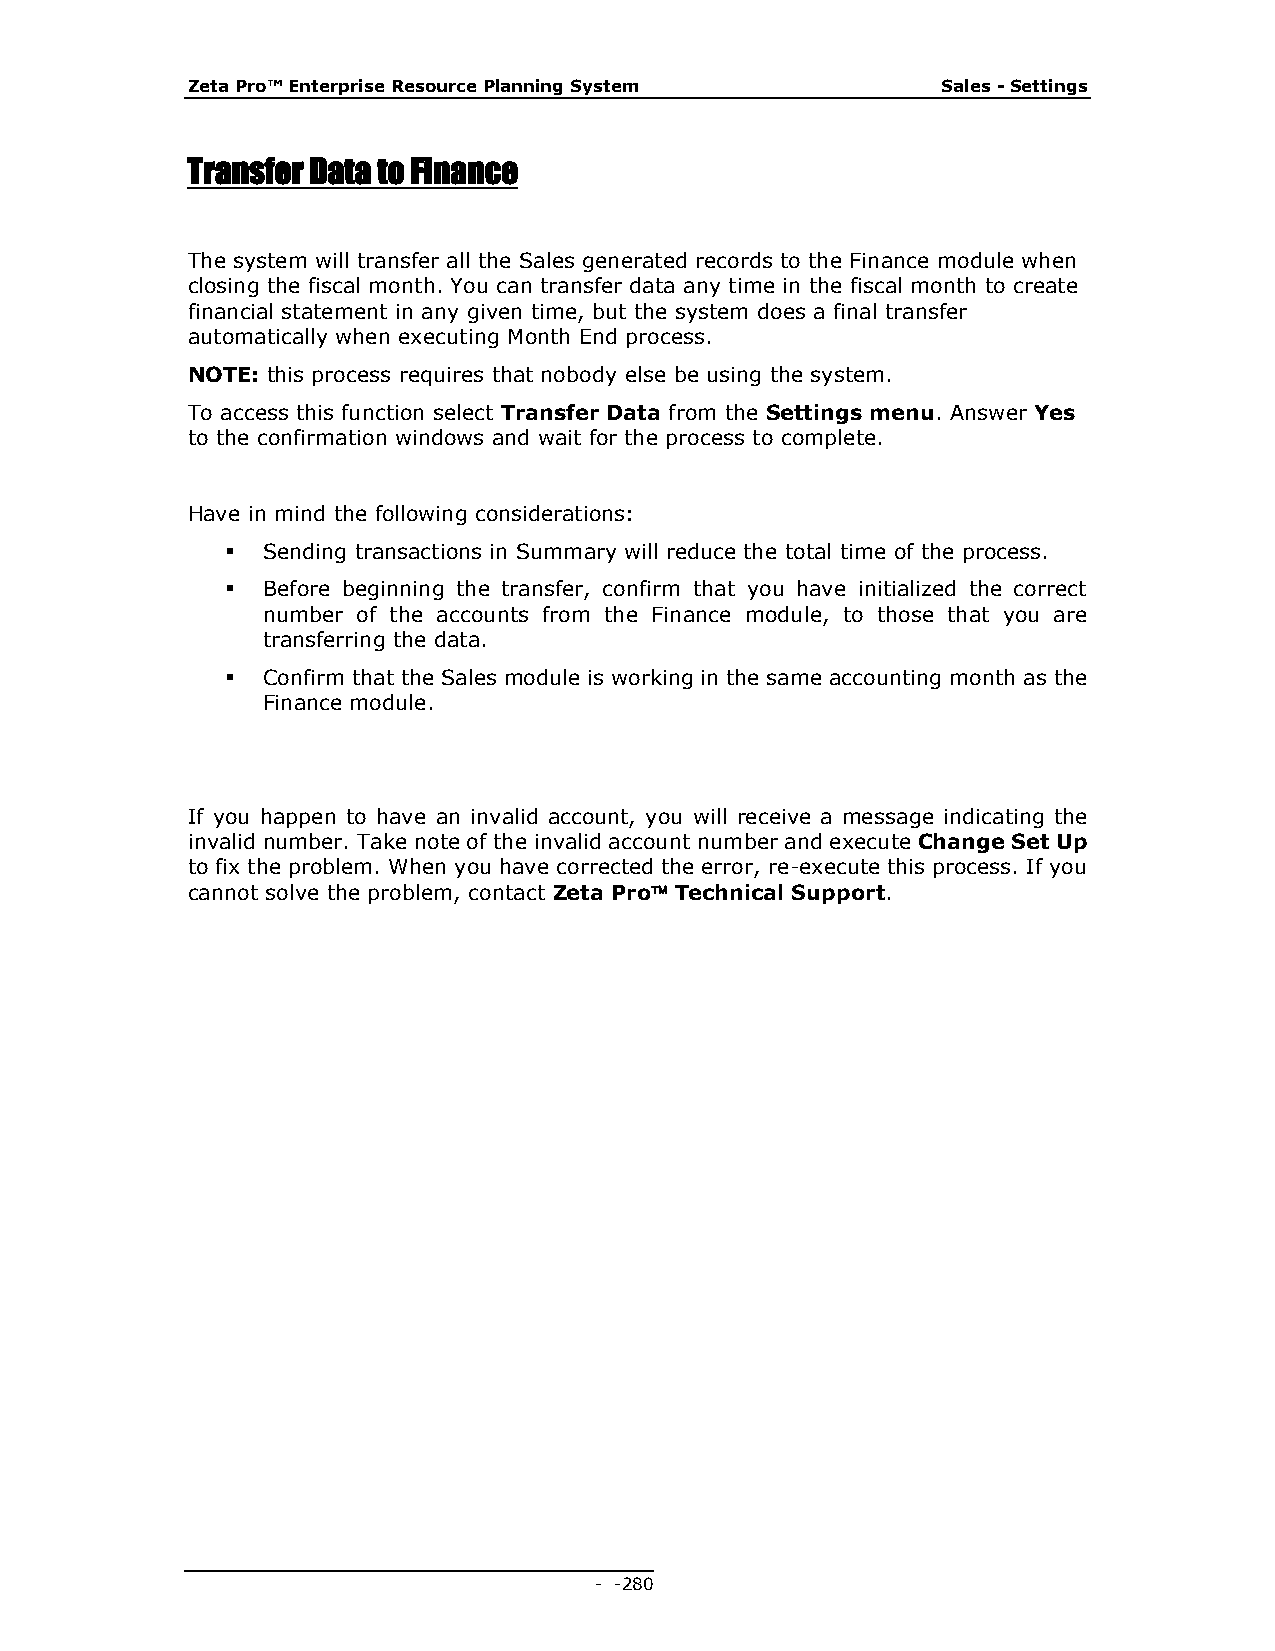
Zeta Pro™ Enterprise Resource Planning System     Sales - Settings
 Transfer Data to Finance
 The system will transfer all the Sales generated records to the Finance module when
 closing the fiscal month. You can transfer data any time in the fiscal month to create
 financial statement in any given time, but the system does a final transfer
 automatically when executing Month End process.
 NOTE: this process requires that nobody else be using the system.
 To access this function select Transfer Data from the Settings menu. Answer Yes
 to the confirmation windows and wait for the process to complete.
 Have in mind the following considerations:
  Sending transactions in Summary will reduce the total time of the process.
  Before beginning the transfer, confirm that you have initialized the correct
 number of the accounts from the Finance module, to those that you are
 transferring the data.
  Confirm that the Sales module is working in the same accounting month as the
 Finance module.
 If you happen to have an invalid account, you will receive a message indicating the
 invalid number. Take note of the invalid account number and execute Change Set Up
 to fix the problem. When you have corrected the error, re-execute this process. If you
 cannot solve the problem, contact Zeta Pro Technical Support.
 - - 280